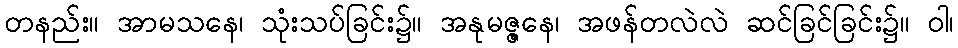
တနည်း။ အာမသနေ၊ သုံးသပ်ခြင်း၌။ အနုမဇ္ဇနေ၊ အဖန်တလဲလဲ ဆင်ခြင်ခြင်း၌။ ဝါ၊